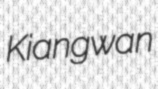
Kiangwan